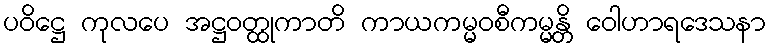
ပဝိဋ္ဌေ ကုလပေ အဋ္ဌဝတ္ထုကာတိ ကာယကမ္မဝစီကမ္မန္တိ ဝေါဟာရဒေသနာ